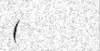
(